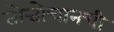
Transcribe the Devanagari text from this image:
तोत्तोचानची